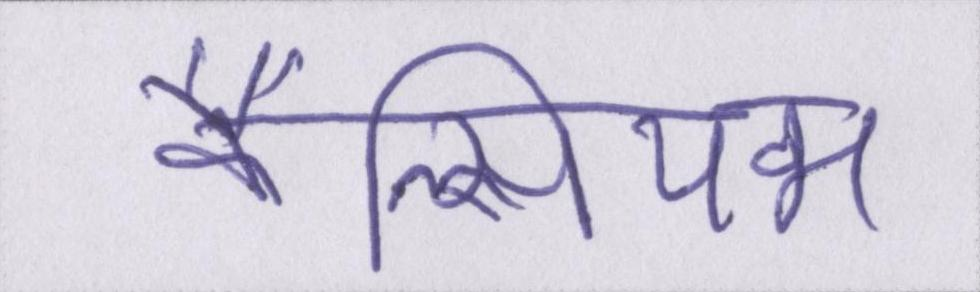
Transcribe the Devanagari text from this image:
कैल्सियम